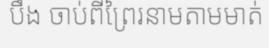
បឹង ចាប់ពីព្រៃរនាមតាមមាត់